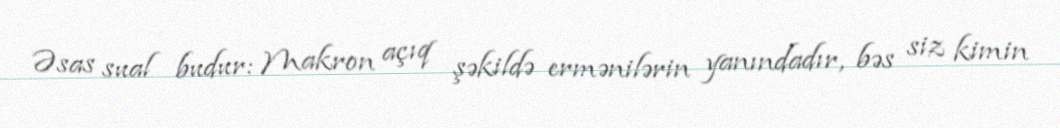
Əsas sual budur: Makron açıq şəkildə ermənilərin yanındadır, bəs siz kimin